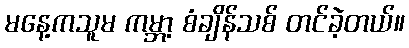
မနေ့ကသူမ ကမ္ဘာ့ စံချိန်သစ် တင်ခဲ့တယ်။